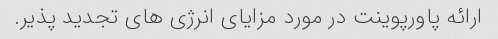
ارائه پاورپوینت در مورد مزایای انرژی های تجدید پذیر.